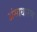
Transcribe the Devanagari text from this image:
अंसाधारण